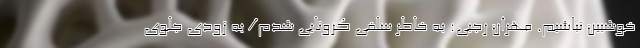
خوشبین نباشیم. مهران رجبی: به خاطر سلفی کرونایی شدم/ به زودی جلوی